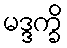
မဒ္ဒက္ခိ